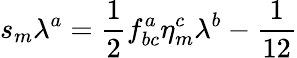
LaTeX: s_{m}\lambda^{a}=\frac{1}{2}f_{bc}^{a}\eta_{m}^{c}\lambda^{b}-\frac{1}{12}